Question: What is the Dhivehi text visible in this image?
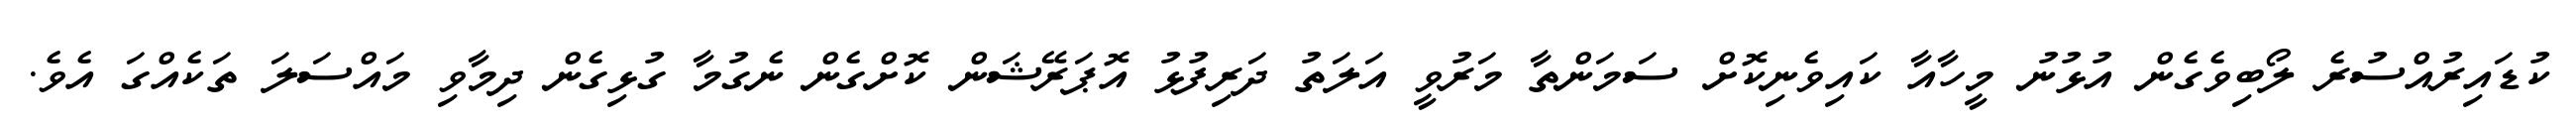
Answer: ކުޑައިރުއްސުރެ ލޯބިވެގެން އުޅުނު މީހާއާ ކައިވެނިކޮށް ސަމަންތާ މަރުވީ އަލަތު ދަރިފުޅު އޮޕަރޭޝަން ކޮށްގެން ނެގުމާ ގުޅިގެން ދިމާވި މައްސަލަ ތަކެއްގަ އެވެ.